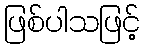
ဖြစ်ပါသဖြင့်